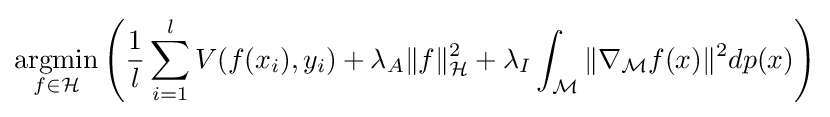
{\underset {f\in {\mathcal {H}}}{\operatorname {argmin} }}\left({\frac {1}{l}}\displaystyle \sum _{i=1}^{l}V(f(x_{i}),y_{i})+\lambda _{A}\|f\|_{\mathcal {H}}^{2}+\lambda _{I}\int _{\mathcal {M}}\|\nabla _{\mathcal {M}}f(x)\|^{2}dp(x)\right)